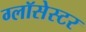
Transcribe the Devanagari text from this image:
ग्लॉसेस्टर